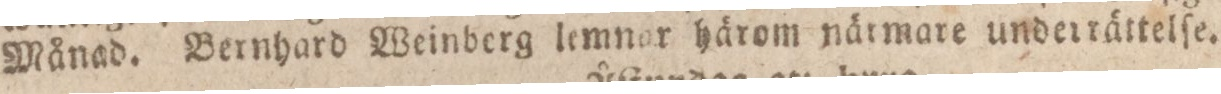
Månad. Bernhard Weinberg lemnar härom närmare underrättelſe.